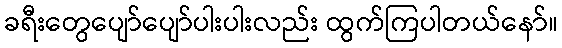
ခရီးတွေပျော်ပျော်ပါးပါးလည်း ထွက်ကြပါတယ်နော်။